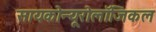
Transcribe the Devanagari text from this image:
सायकोन्यूरोलॉजिकल